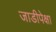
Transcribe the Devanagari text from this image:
जाडीपेक्षा